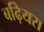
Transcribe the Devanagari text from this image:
बढ़ियरा